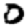
Digit: 0